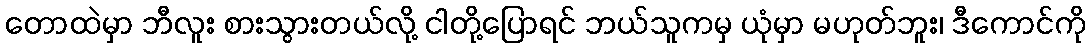
တောထဲမှာ ဘီလူး စားသွားတယ်လို့ ငါတို့ပြောရင် ဘယ်သူကမှ ယုံမှာ မဟုတ်ဘူး၊ ဒီကောင်ကို